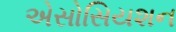
એસોસિયશન